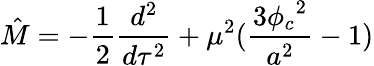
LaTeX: \hat{M}=-\frac{1}{2}\frac{d^{2}}{d\tau^{2}}+\mu^{2}(\frac{3{\phi_{c}}^{2}}{a^{2}}-1)